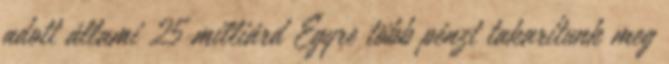
adott állami 25 milliárd Egyre több pénzt takarítunk meg